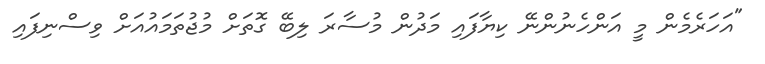
"އަހަރެމެން މީ އަންހެނުންނޭ ކިޔާފައި މަދުން މުސާރަ ލިބޭ ގޮތަށް މުޖުތަމައުއަށް ވިސްނިފައި